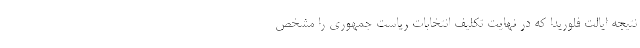
نتیجه ایالت فلوریدا که در نهایت تکلیف انتخابات ریاست جمهوری را مشخص